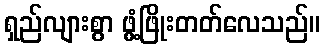
ရှည်လျားစွာ ဖွံ့ဖြိုးတတ်လေသည်။